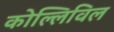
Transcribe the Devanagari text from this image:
कोल्लिविल